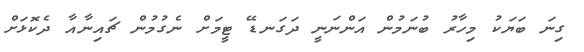
ގިނަ ބަޔަކު މިހާރު ބުނަމުން އަންނަނީ ދަގަނޑޭ ޓީމަށް ނެގުމުން ޗައިނާއާ ދެކޮޅަށް